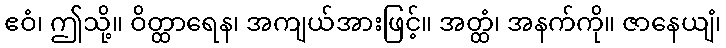
ဧဝံ၊ ဤသို့။ ဝိတ္ထာရေန၊ အကျယ်အားဖြင့်။ အတ္ထံ၊ အနက်ကို။ ဇာနေယျံ၊